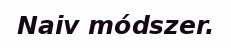
Naiv módszer.